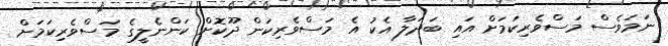
ނަމަވެސް މަސްވެރިކަމަށް އައި ބަދަލާ އެކު އެ މަސްވެރިކަން ދޫކޮށް ކަންނެލީގެ މަސްވެރިކަމަށް